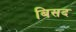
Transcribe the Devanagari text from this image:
बिसद